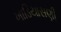
ખાડિયાસણી